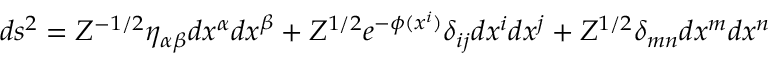
d s ^ { 2 } = Z ^ { - 1 / 2 } \eta _ { \alpha \beta } d x ^ { \alpha } d x ^ { \beta } + Z ^ { 1 / 2 } e ^ { - \phi ( x ^ { i } ) } \delta _ { i j } d x ^ { i } d x ^ { j } + Z ^ { 1 / 2 } \delta _ { m n } d x ^ { m } d x ^ { n }